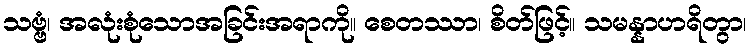
သဗ္ဗံ၊ အလုံးစုံသောအခြင်းအရာကို။ စေတဿာ၊ စိတ်ဖြင့်။ သမန္နာဟရိတွာ၊